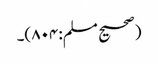
(صحیح مسلم:۸۰۴)۔